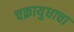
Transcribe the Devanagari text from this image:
चक्रायुधाचा